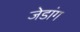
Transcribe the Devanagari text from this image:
जेडांग